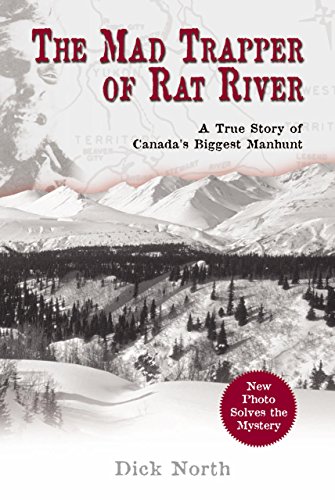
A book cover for Mad Trapper of Rat River: A True Story Of Canada's Biggest Manhunt; Dick North; History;